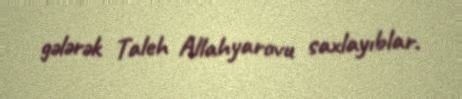
gələrək Taleh Allahyarovu saxlayıblar.